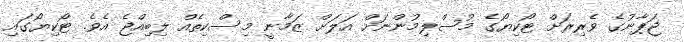
ޖަޕާނުގެ ވެރިރަށް ޓޯކިޔޯގެ މުސްލިމުންނަށް އަލަށް ޒަމާނީ މިސްކިތެއް ލިބިއްްޖެ އެވެ. ޓޯކިޔޯގައި